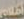
أفلام